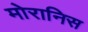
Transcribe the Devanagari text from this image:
मोरानिस